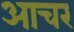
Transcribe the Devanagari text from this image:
आचर